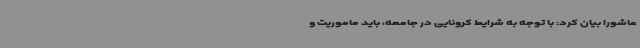
عاشورا بیان کرد: با توجه به شرایط کرونایی در جامعه، باید ماموریت و